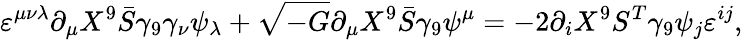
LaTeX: \varepsilon^{\mu\nu\lambda}\partial_{\mu}X^{9}\bar{S}\gamma_{9}\gamma_{\nu}\psi_{\lambda}+\sqrt{-G}\partial_{\mu}X^{9}\bar{S}\gamma_{9}\psi^{\mu}=-2\partial_{i}X^{9}S^{T}\gamma_{9}\psi_{j}\varepsilon^{ij},